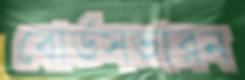
বোর্ডসভারন